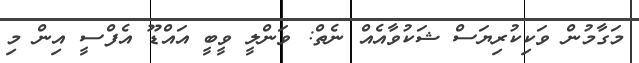
މަގާމުން ވަކިކުރިޔަސް ޝަކުވާއެއް ނެތް: ވަންލީ ވީބީ އައްޑޫ އެފްސީ އިން މި